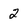
Character: 2